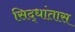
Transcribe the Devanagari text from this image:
सिद्धांतास